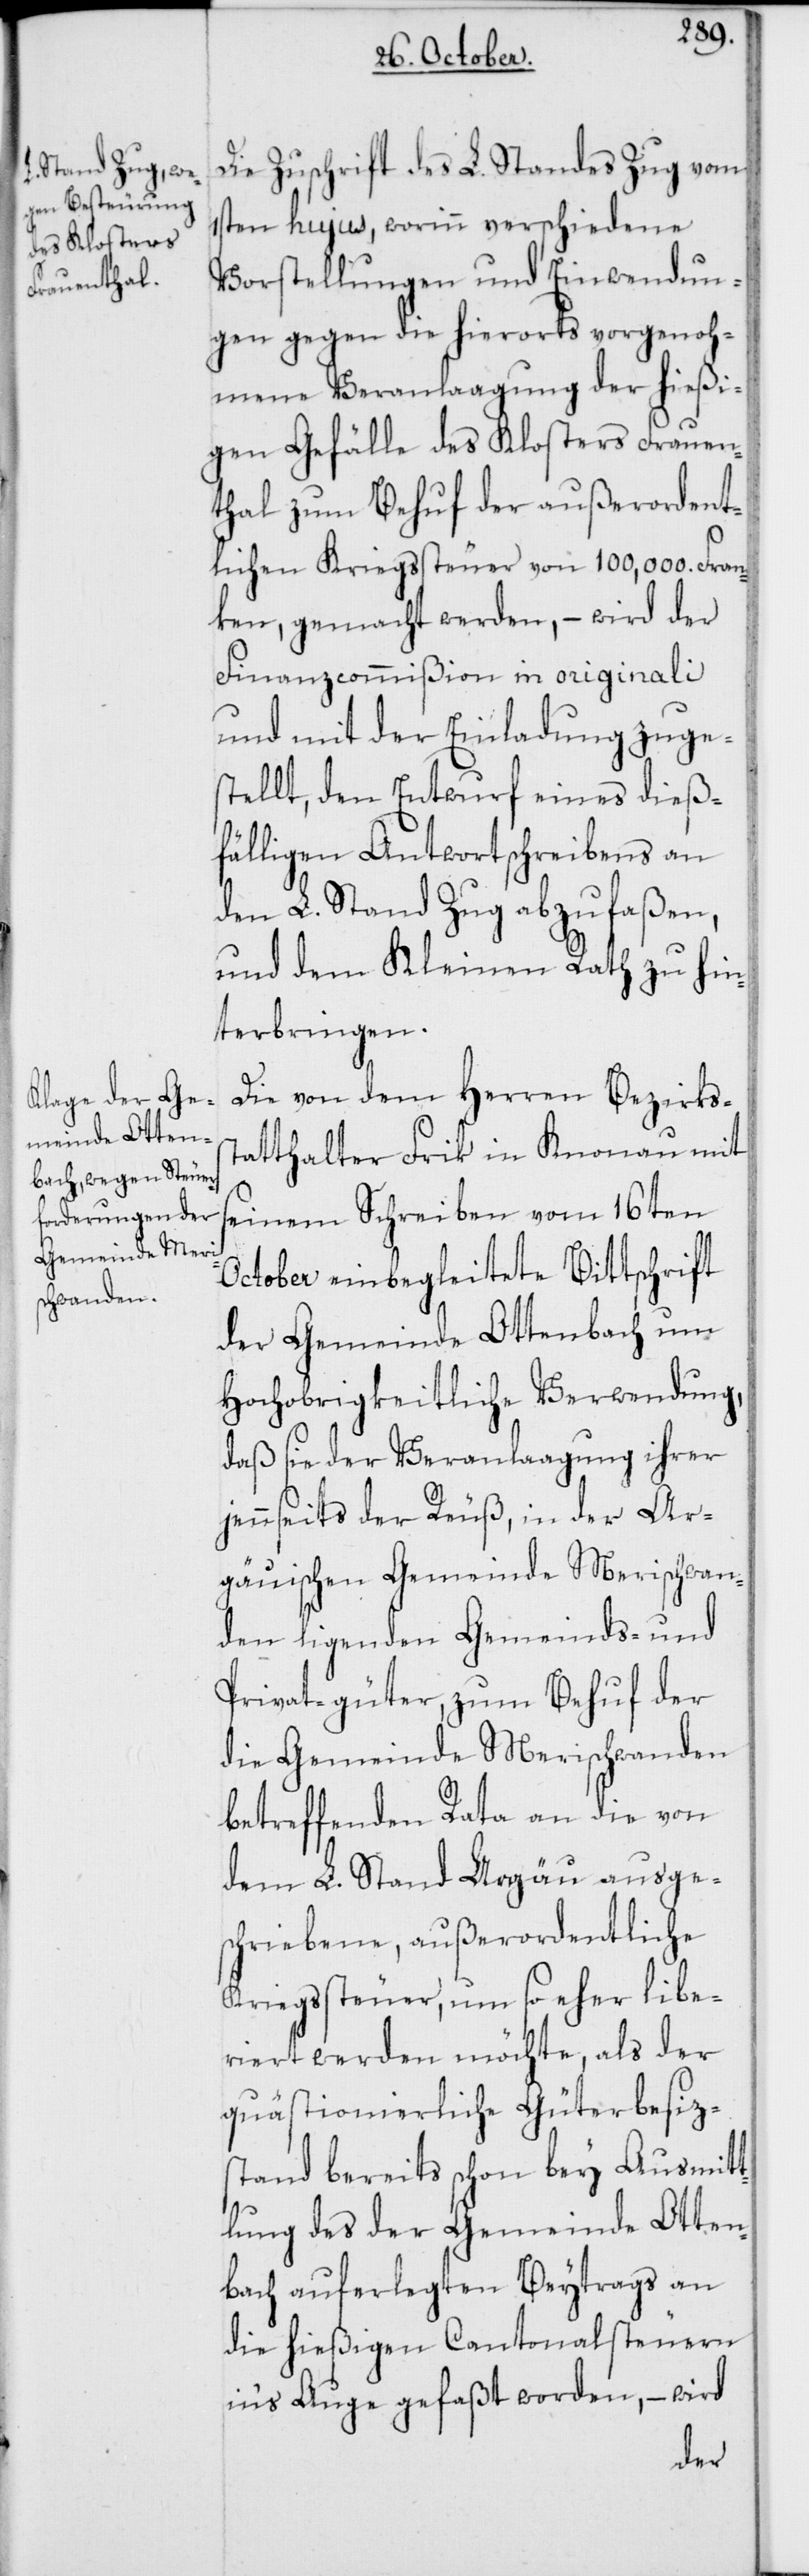
Die Zuschrift des L. Standes Zug vom
1sten hujus, worinn verschiedene
Vorstellungen und Einwendun¬
gen gegen die hierorts vorgenoh¬
mene Veranlagung der hießi¬
gen Gefälle des Kloster Frauen¬
thal zum Behuf der außerordent¬
lichen Kriegssteuer von 100,000. Fran¬
ken, gemacht werden, – wird der
Finanzcommißion in originali
und mit der Einladung zuge¬
stellt, den Entwurf eines dieß¬
fälligen Antwortschreibens an
den L. Stand Zug abzufaßen,
und dem Kleinen Rath zu hin¬
terbringen.
Die von dem Herren Bezirkss¬
tatthalter Frik in Knonau mit
seinem Schreiben vom 16ten
October einbegleitete Bittschrift
der Gemeinde Ottenbach um
Hochobrigkeitliche Verwendung,
daß sie der Veranlaagung ihrer
jennseits der Reuß, in der Ar¬
gauischen Gemeinde Merischwan¬
den ligenden Gemeinds- und
Privat-güter, zum Behuf der
die Gemeinde Merischwanden
betreffenden Rata an die von
dem L. Stand Argau ausge¬
schriebene, außerordentliche
Kriegssteuer, um so eher libe¬
riert werden möchte, als der
quästionierliche Güterbesiz¬
stand bereits schon bey Ausmitt¬
lung des der Gemeinde Otten¬
bach auferlegten Beytrags an
die hießigen Cantonalsteuern
in‘s Auge gefaßt worden, – wird